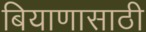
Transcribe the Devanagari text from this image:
बियाणासाठी